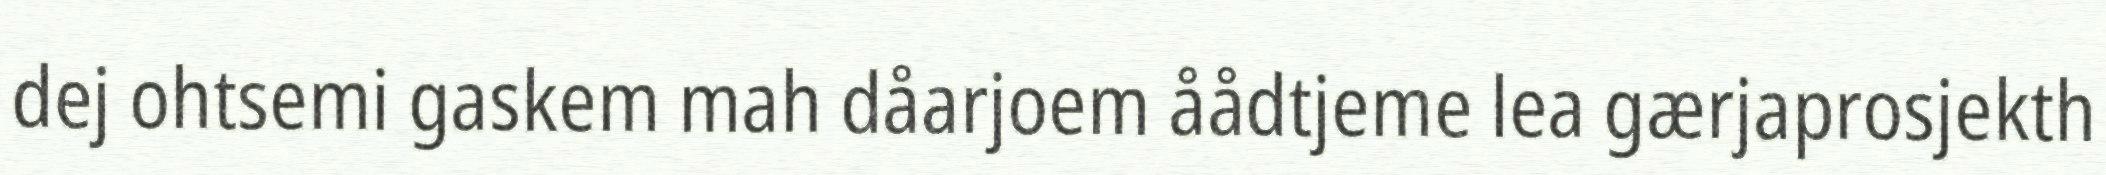
dej ohtsemi gaskem mah dåarjoem åådtjeme lea gærjaprosjekth